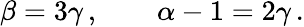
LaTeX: \beta=3\gamma\, ,\qquad\alpha-1=2\gamma\, .